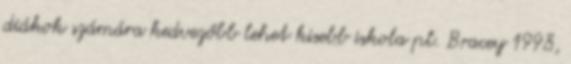
diákok számára kedvezőbb lehet kisebb iskola pl. Bracey 1998,